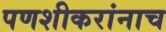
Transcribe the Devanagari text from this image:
पणशीकरांनाच